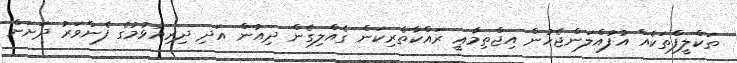
ތަކްލީފްތަކެއް އުފުއްލަންޖެހުން އިޖްތިމާޢީ ރައްކާތެރިކަން ގެއްލިގެން ދިއުން އަދި ދިރިއުޅުމުގެ ފެންވަރު ދަށަށް